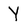
Character: Y